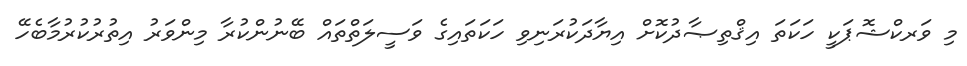
މި ވަރކްޝޮޕަކީ ހަކަތަ އިޤްތިޞާދުކޮށް އިޔާދަކުރަނިވި ހަކަތައިގެ ވަސީލަތްތައް ބޭނުންކުރާ މިންވަރު އިތުރުކުރުމާބެހޭ